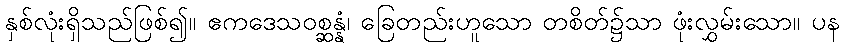
နှစ်လုံးရှိသည်ဖြစ်၍။ ဧကဒေသဝစ္ဆန္နံ၊ ခြေတည်းဟူသော တစိတ်၌သာ ဖုံးလွှမ်းသော။ ပန